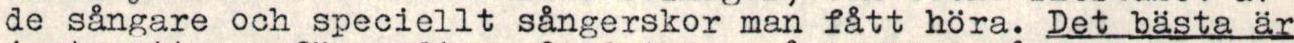
de sångare och speciellt sångerskor man fått höra. Det bästa är